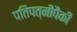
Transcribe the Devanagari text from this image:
पतिपत्‍नीपैकी